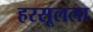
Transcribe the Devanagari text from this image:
हरसूलला